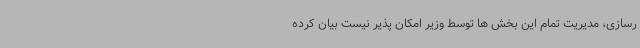
رسازی، مدیریت تمام این بخش ها توسط وزیر امکان پذیر نیست بیان کرده